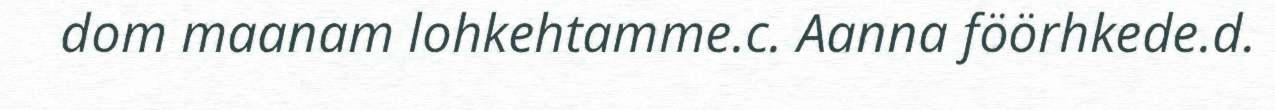
dom maanam lohkehtamme.c. Aanna föörhkede.d.